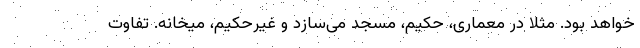
خواهد بود. مثلا در معماری، حکیم، مسجد می‌سازد و غیرحکیم، میخانه. تفاوت